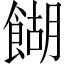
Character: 餬